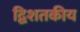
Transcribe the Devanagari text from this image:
द्विशतकीय